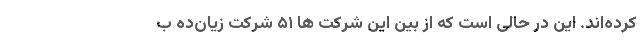
کرده‌اند. این در حالی است که از بین این شرکت ها ۵۱ شرکت زیان‌ده ب